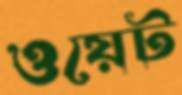
ওয়েট